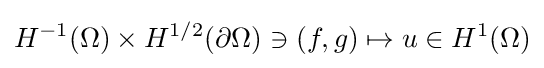
H^{-1}(\Omega )\times H^{1/2}(\partial \Omega )\ni (f,g)\mapsto u\in H^{1}(\Omega )